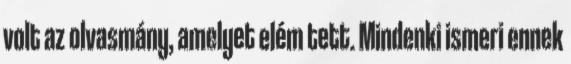
volt az olvasmány, amelyet elém tett. Mindenki ismeri ennek